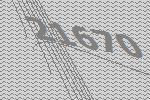
21670